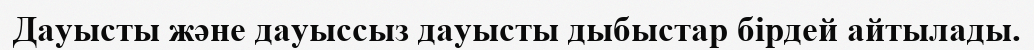
Дауысты және дауыссыз дауысты дыбыстар бірдей айтылады.